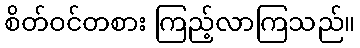
စိတ်ဝင်တစား ကြည့်လာကြသည်။